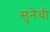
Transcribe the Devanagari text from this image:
सुनेची